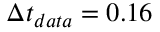
\Delta t _ { d a t a } = 0 . 1 6